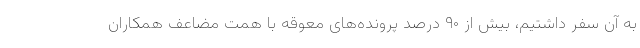
به آن سفر داشتیم، بیش از ۹۰ درصد پرونده‌های معوقه با همت مضاعف همکاران